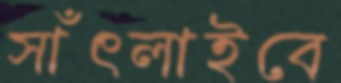
সাঁৎলাইবে